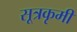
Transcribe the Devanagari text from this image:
सूत्रकृमी